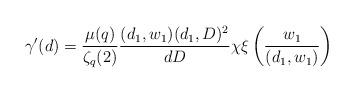
LaTeX: \begin{align*} \gamma'(d)=\frac{\mu(q)}{\zeta_q(2)}\frac{(d_1,w_1)(d_1,D)^2}{dD}\chi\xi \left(\frac{w_1}{(d_1,w_1)}\right) \end{align*}